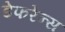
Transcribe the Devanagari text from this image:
डेफरेन्स